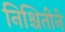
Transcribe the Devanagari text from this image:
निश्चितीने